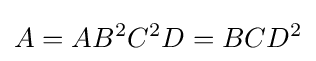
A=AB^{2}C^{2}D=BCD^{2}